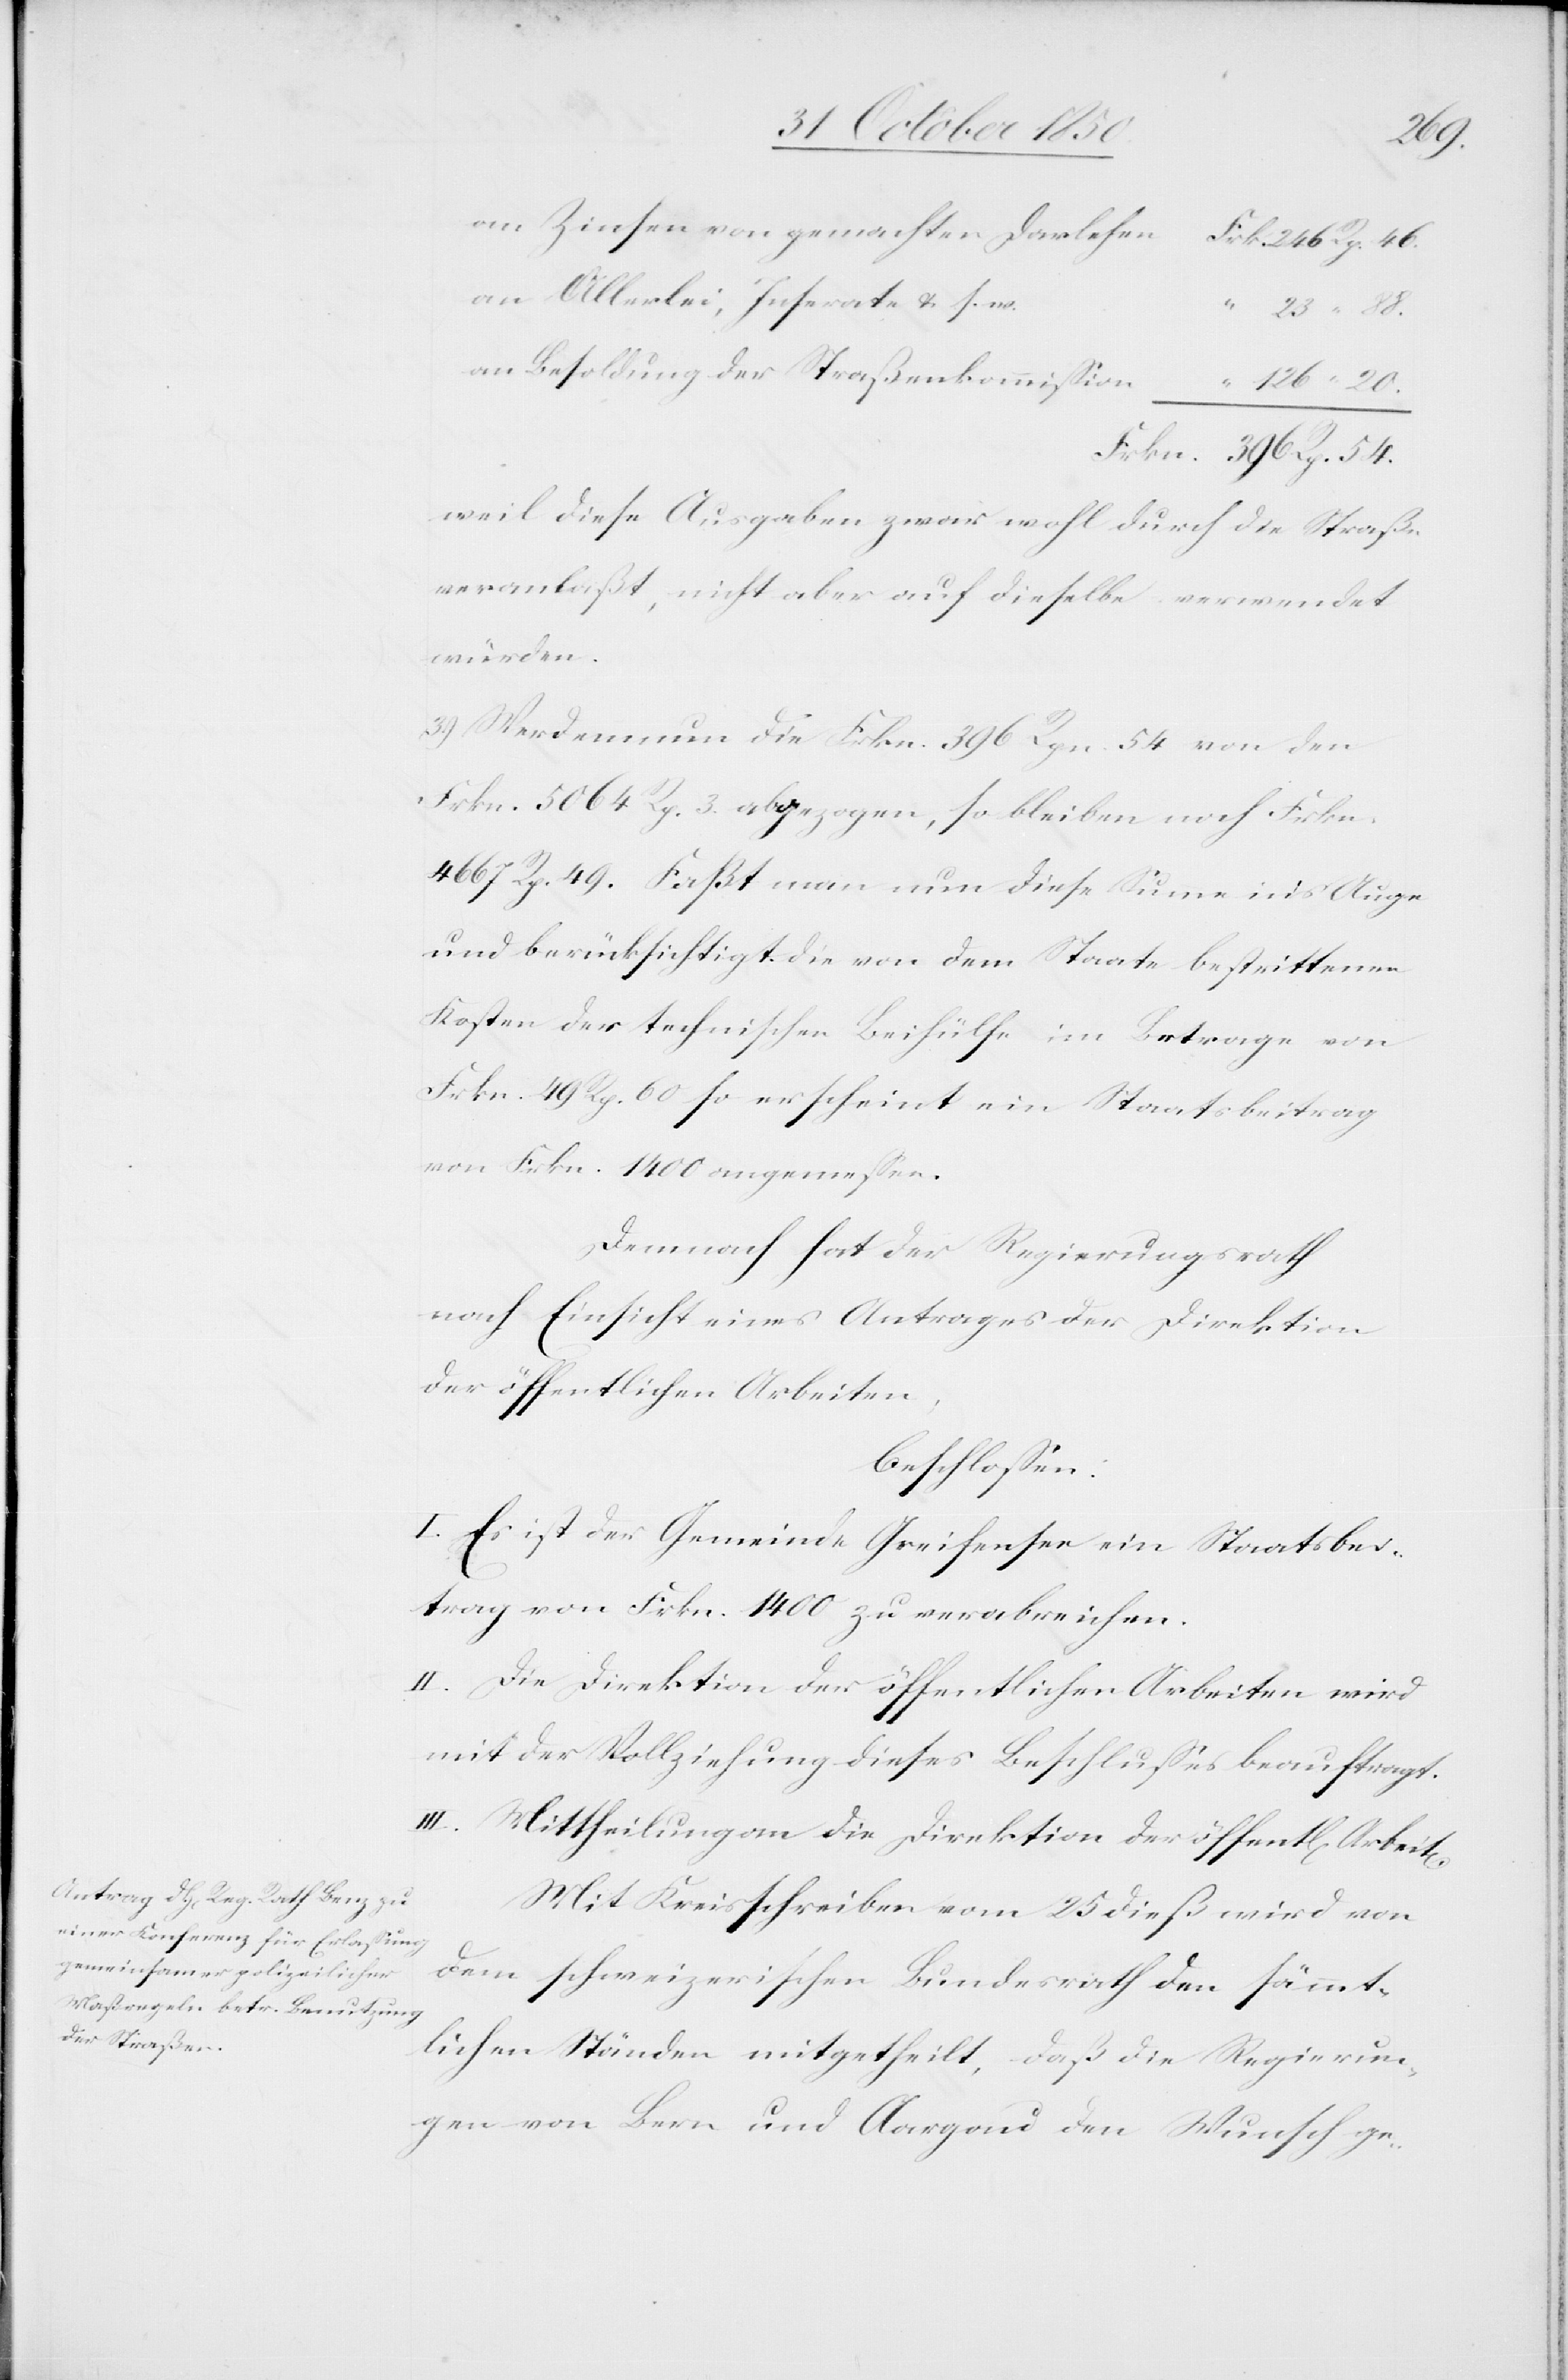
an Zinsen von gemachten Darlehen				Frkn. 246 Rp. 46.
an Allerlei, Inserate &. s.
“ 23 “ 88.
an Besoldung der Straßenkommission				 “ 126
Frkn. 396 Rp. 54.
weil diese Ausgaben zwar wohl durch die Straße
veranlaßt, nicht aber auf dieselbe verwendet
würden.
3) Werden nun die Frkn. 396 Rpn. 54 von den
Frkn. 5064 Rp. 3 abgezogen, so bleiben noch Frkn.
4667 Rp. 49. Faßt man nun diese Summe in’s Auge
und berücksichtigt die von dem Staate bestrittenen
Kosten der technischen Beihülfe im Betrage von
Frkn. 49 Rp. 60 so erscheint ein Staatsbeitrag
von Frkn. 1400 angemessen.
Demnach hat der Regierungsrath
nach Einsicht eines Antrages der Direktion
der öffentlichen Arbeiten,
beschlossen.
I. Es ist der Gemeinde Greifensee ein Staatsbei¬
trag von Frkn. 1400 zu verabreichen.
II. Die Direktion der öffentlichen Arbeiten wird
mit der Vollziehung dieses Beschlusses beauftragt.
20.
III.
Mittheilung an die Direktion der öffentlichen
Mit Kreisschreiben vom 25 dieß wird von
dem schweizerischen Bundesrath den sämmt¬
lichen Ständen mitgetheilt, daß die Regierun¬
gen von Bern und Aargau den Wunsch ge-